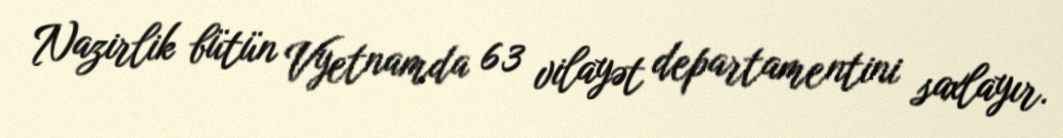
Nazirlik bütün Vyetnamda 63 vilayət departamentini saxlayır.